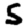
Digit: 5